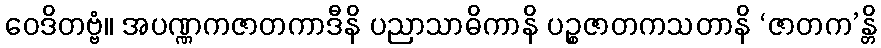
ဝေဒိတဗ္ဗံ။ အပဏ္ဏကဇာတကာဒီနိ ပညာသာဓိကာနိ ပဉ္စဇာတကသတာနိ ‘ဇာတက’န္တိ